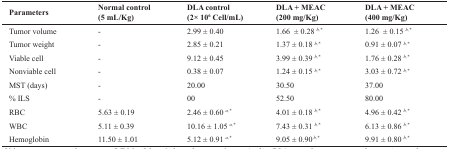
<table><thead><tr><td><b>Parameters</b></td><td><b>Normal control (5ml/kg)</b></td><td><b>DLA control(2× 10<sup>6 </sup>cell/ml)</b></td><td><b>DLA + MEAC(200 mg/kg)</b></td><td><b>DLA + MEAC(400 mg/kg)</b></td></tr></thead><tbody><tr><td><b>Tumor volume</b></td><td>-</td><td>2.99 ± 0.40</td><td>1.66 ± 0.28<sup> b,</sup><sup>*</sup></td><td>1.26 ± 0.15<sup> b,</sup><sup>*</sup></td></tr><tr><td><b>Tumor weight</b></td><td>-</td><td>2.85 ± 0.21</td><td>1.37 ± 0.18<sup> b,</sup><sup>*</sup></td><td>0.91 ± 0.07<sup> b,</sup><sup>*</sup></td></tr><tr><td><b>Viable cell</b></td><td>-</td><td>9.12 ± 0.45</td><td>3.99 ± 0.39<sup> b,</sup><sup>*</sup></td><td>1.76 ± 0.28<sup> b,</sup><sup>*</sup></td></tr><tr><td><b>Nonviable cell</b></td><td>-</td><td>0.38 ± 0.07</td><td>1.24 ± 0.15<sup> b,</sup><sup>*</sup></td><td>3.03 ± 0.72<sup> b,</sup><sup>*</sup></td></tr><tr><td><b>MST (days)</b></td><td>-</td><td>20.00</td><td>30.50</td><td>37.00</td></tr><tr><td><b>% ILS</b></td><td>-</td><td>00</td><td>52.50</td><td>80.00</td></tr><tr><td><b>RBC</b></td><td>5.63 ± 0.19</td><td>2.46 ± 0.60 <sup>a,*</sup></td><td>4.01 ± 0.18 <sup>b,</sup><sup>*</sup></td><td>4.96 ± 0.42<sup> b,</sup><sup>*</sup></td></tr><tr><td><b>WBC</b></td><td>5.11 ± 0.39</td><td>10.16 ± 1.05 <sup>a,*</sup></td><td>7.43 ± 0.31<sup> b,</sup><sup>*</sup></td><td>6.13 ± 0.86<sup> b,</sup><sup>*</sup></td></tr><tr><td><b>Hemoglobin</b></td><td>11.50 ± 1.01</td><td>5.12 ± 0.91 <sup>a,*</sup></td><td>9.05 ± 0.90<sup> b,</sup><sup>*</sup></td><td>9.91 ± 0.80<sup> b,</sup><sup>*</sup></td></tr></tbody></table>